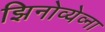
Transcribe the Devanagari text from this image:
झिनोव्येव्ना